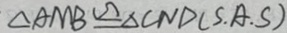
\Delta A M B \cong \Delta C N D ( S . A . S )